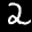
Label: 2